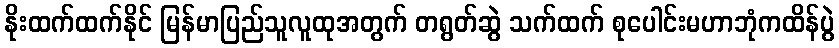
နိုးထက်ထက်နိုင် မြန်မာပြည်သူလူထုအတွက် တရွတ်ဆွဲ သက်ထက် စုပေါင်းမဟာဘုံကထိန်ပွဲ